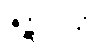
ဇဋိလကံ